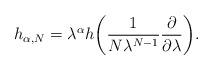
LaTeX: \begin{align*}h_{\alpha, N}= \lambda^\alpha h \biggl( \frac{1}{N \lambda^{N-1}}\frac{\partial}{\partial\lambda} \biggr).\end{align*}